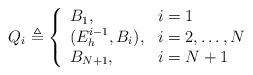
LaTeX: \begin{align*}Q_i\triangleq \left\{\begin{array}{ll}B_1, & i=1\\(E_h^{i-1},B_i), & i=2,\ldots,N\\B_{N+1}, & i=N+1\end{array}\right. \end{align*}